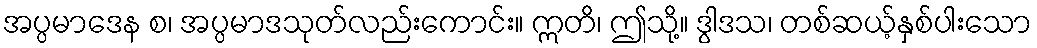
အပ္ပမာဒေန စ၊ အပ္ပမာဒသုတ်လည်းကောင်း။ ဣတိ၊ ဤသို့။ ဒွါဒသ၊ တစ်ဆယ့်နှစ်ပါးသော